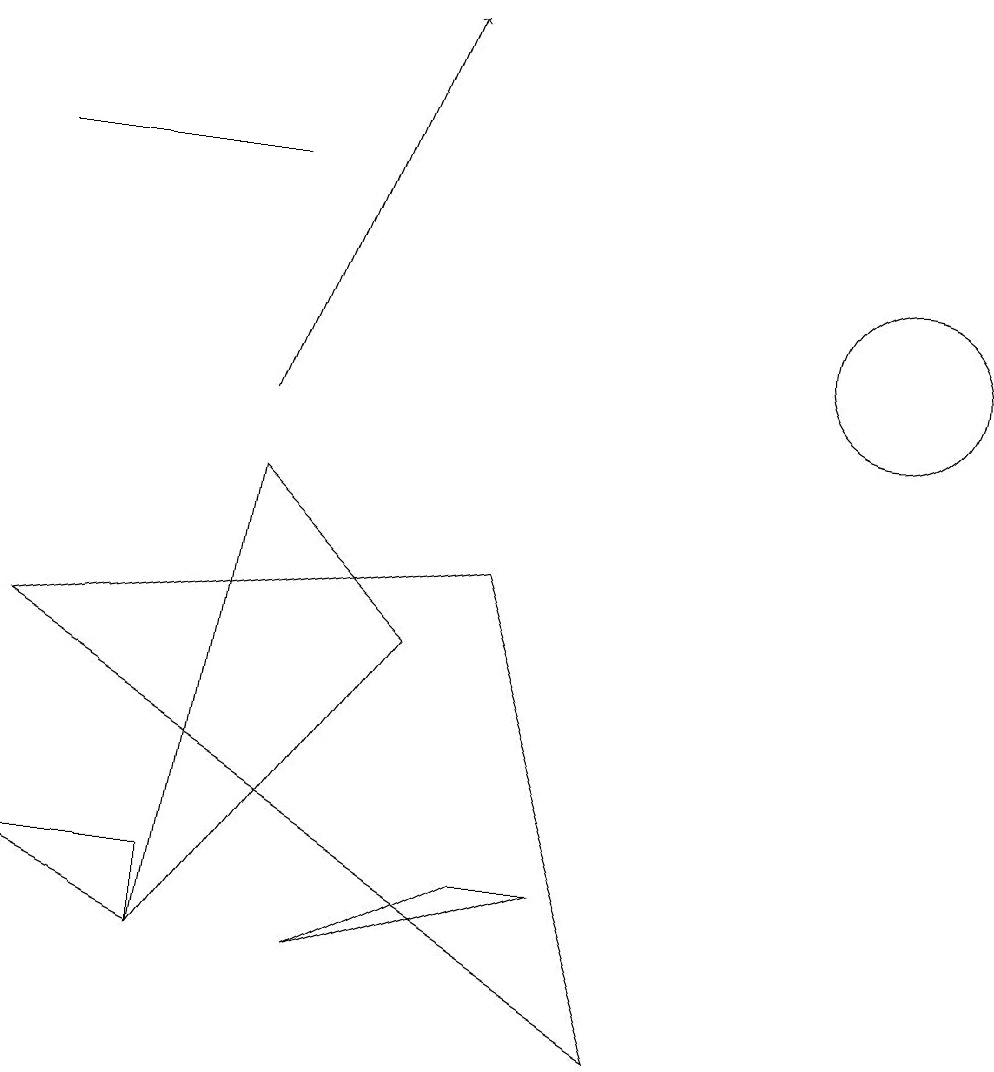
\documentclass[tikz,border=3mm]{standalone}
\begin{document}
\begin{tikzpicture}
\draw (5,7) -- (2,3) -- (3,9) -- cycle;
\draw (0,4) -- (2,4) -- (2,3) -- cycle;
\draw (0,7) -- (8,2) -- (6,8) -- cycle;
\draw[->] (3,10) -- (5,15);
\draw (11,11) circle (0);
\draw (11,11) circle (1);
\draw (3,13) rectangle (0,13);
\draw (4,3) -- (7,4) -- (6,4) -- cycle;
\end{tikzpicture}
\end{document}